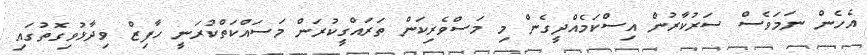
އެހެން ނަމަވެސް ސަރުކާރުން އިސްކަމެއްދީގެން މި މަސްވެރިކަން ތަރައްގީކުރަން މަސައްކަތްކުރަނީ ހާފިޒް ވިދާޅުވިގޮތުގައި